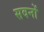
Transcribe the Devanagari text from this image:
सवनों